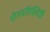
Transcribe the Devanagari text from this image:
रोगपरिस्थिति